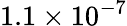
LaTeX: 1.1\times 10^{-7}